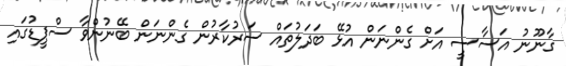
ގާނޫނު އަސާސީ އަށް ގެންނަން އުޅޭ ބަދަލުތައް ސަރުކާރުން ގެންނަން ބޭނުންވާ ސްޕީޑުގައި